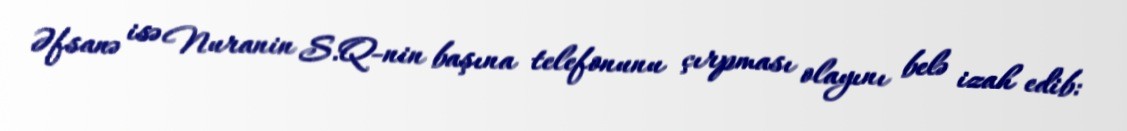
Əfsanə isə Nuranin S.Q-nin başına telefonunu çırpması olayını belə izah edib: